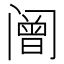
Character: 𰿼